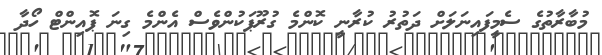
މުބާރާތުގެ ސެމީފައިނަލަށް ދަތުރު ކުރާނީ ކޮންމެ ގުރޫޕަކުންވެސް އެންމެ ގިނަ ޕޮއިންޓް ހޯދާ